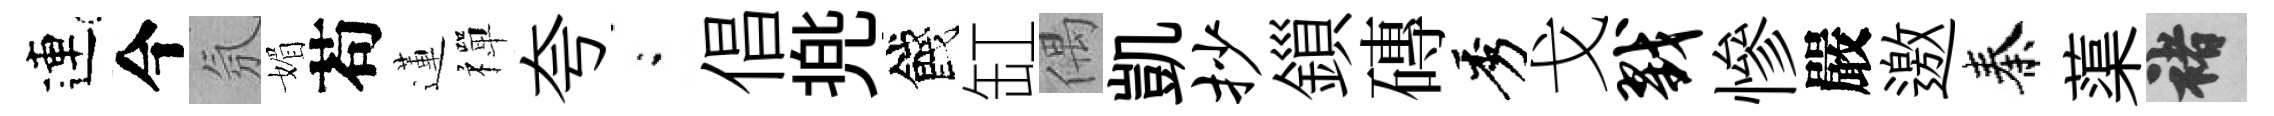
連今氛媚苟蓮禪夸閤倡兠餞缸偶凱抄鎻磚秀戈戮慘嚴邀秦蕖褚